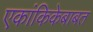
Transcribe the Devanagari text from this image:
एकांकिकेबाबत